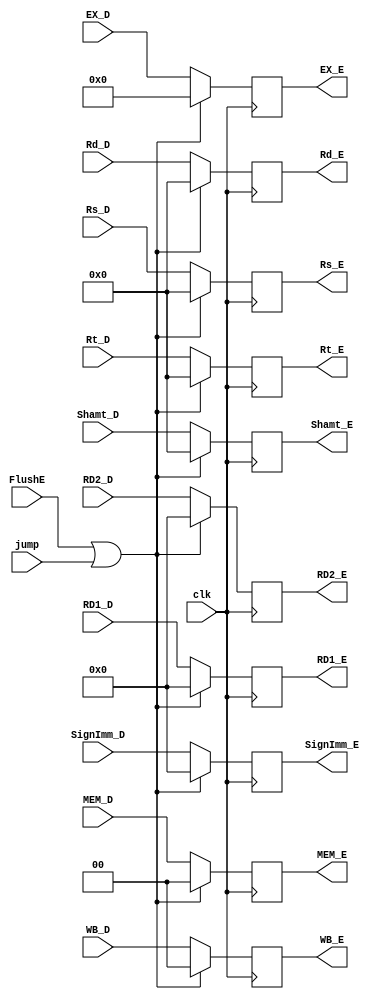
// ID_EX.v

/* ID_EX module: handles signals from ID to EX */
module ID_EX(clk, jump, FlushE, EX_D, MEM_D, WB_D, Rs_D, Rt_D, Rd_D, RD1_D, RD2_D, SignImm_D, Shamt_D,
            EX_E, MEM_E, WB_E, Rs_E, Rt_E, Rd_E, RD1_E, RD2_E, SignImm_E, Shamt_E);

  /* declare inputs */
  input clk, jump, FlushE;
  input [6:0] EX_D;
  input [1:0] MEM_D;
  input [1:0] WB_D;
  input [4:0] Rs_D;
  input [4:0] Rt_D;
  input [4:0] Rd_D;
  input [31:0] RD1_D;
  input [31:0] RD2_D;
  input [31:0] SignImm_D;
  input [4:0] Shamt_D;

  /* declare outputs */
  output reg [6:0] EX_E;
  output reg [1:0] MEM_E;
  output reg [1:0] WB_E;
  output reg [4:0] Rs_E;
  output reg [4:0] Rt_E;
  output reg [4:0] Rd_E;
  output reg [31:0] RD1_E;
  output reg [31:0] RD2_E;
  output reg [31:0] SignImm_E;
  output reg [4:0] Shamt_E;

  /* initialize outputs to zero */
  initial begin
    EX_E <= 0;
    MEM_E <= 0;
 		WB_E <= 2'b00;
 		Rs_E <= 0;
 		Rt_E <= 0;
 		Rd_E <= 0;
 		RD1_E <= 0;
 		RD2_E <= 0;
 		SignImm_E <= 0;
    Shamt_E <= 0;
   end

   /* set outputs to inputs on positive clock edge */
   always @(posedge clk) begin
    if(FlushE || jump) begin
      EX_E <= 0;
      MEM_E <= 0;
      WB_E <= 0;
      Rs_E <= 0;
      Rt_E <= 0;
      Rd_E <= 0;
      RD1_E <= 0;
      RD2_E <= 0;
      SignImm_E <= 0;
      Shamt_E <= 0;
    end
    else begin
      // $display("setting EX_E to %3b", EX_D);
      EX_E <= EX_D;
      MEM_E <= MEM_D;
      WB_E <= WB_D;
      Rs_E <= Rs_D;
      Rt_E <= Rt_D;
      Rd_E <= Rd_D;
      RD1_E <= RD1_D;
      RD2_E <= RD2_D;
      SignImm_E <= SignImm_D;
      Shamt_E <= Shamt_D;
    end
  end

endmodule